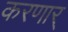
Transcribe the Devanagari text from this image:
करणार्